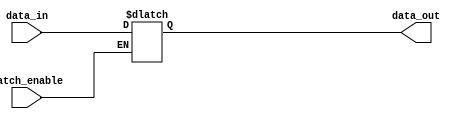
module transparent_latch (
    input wire data_in,
    input wire latch_enable,
    output reg data_out
);

always @ (data_in, latch_enable)
begin
    if (latch_enable)
        data_out = data_in;
end

endmodule